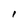
Character: I